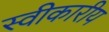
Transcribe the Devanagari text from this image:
स्वीकारीय